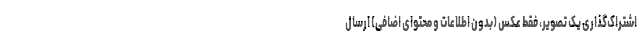
اشتراک‌گذاری یک تصویر، فقط عکس (بدون اطلاعات و محتوای اضافی) ارسال